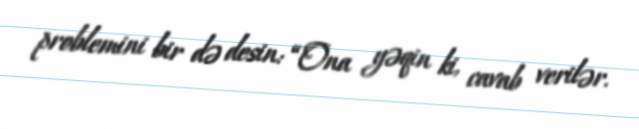
problemini bir də desin: “Ona yəqin ki, cavab verilər.